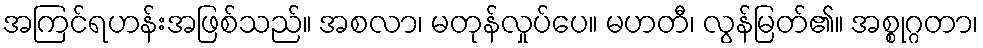
အကြင်ရဟန်းအဖြစ်သည်။ အစလာ၊ မတုန်လှုပ်ပေ။ မဟတီ၊ လွန်မြတ်၏။ အစ္စုဂ္ဂတာ၊